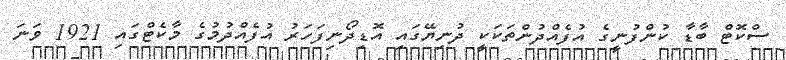
ސްކޮޓް ބާޑާ ކުންފުނީގެ އުފެއްދުންތަކަކީ ދުނިޔޭގައި އޮޑިދޯނިފަހަރު އުފެއްދުމުގެ މާކެޓްގައި 1921 ވަނަ